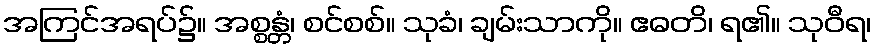
အကြင်အရပ်၌။ အစ္စန္တံ၊ စင်စစ်။ သုခံ၊ ချမ်းသာကို။ ဧဓတိ၊ ရ၏။ သုဝီရ၊